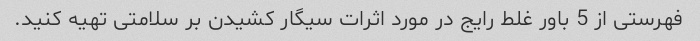
فهرستی از 5 باور غلط رایج در مورد اثرات سیگار کشیدن بر سلامتی تهیه کنید.